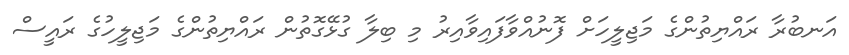
އަނބުރާ ރައްޔިތުންގެ މަޖިލީހަށް ފޮނުއްވާފައިވާއިރު މި ބިލާ ގުޅޭގޮތުން ރައްޔިތުންގެ މަޖިލީހުގެ ރައީސް